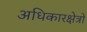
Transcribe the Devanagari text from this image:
अधिकारक्षेत्रों